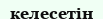
келесетін